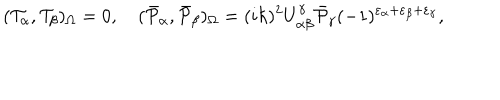
( { \cal T } _ { \alpha } , { \cal T } _ { \beta } ) _ { \Omega } = 0 , \quad ( \bar { \cal P } _ { \alpha } , \bar { \cal P } _ { \beta } ) _ { \Omega } = ( i \hbar ) ^ { 2 } U _ { \alpha \beta } ^ { \gamma } \bar { \cal P } _ { \gamma } ( - 1 ) ^ { \varepsilon _ { \alpha } + \varepsilon _ { \beta } + \varepsilon _ { \gamma } } ,